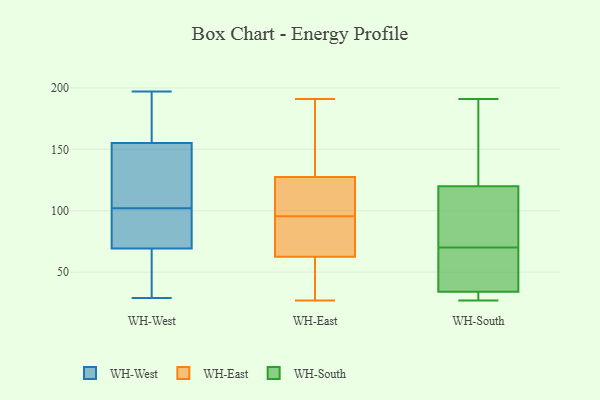
{"axis": {"x": "LTV (USD)", "y": "Value"}, "legend": ["WH-East", "WH-South", "WH-West"], "data": [{"x": "", "y": 87, "type": "WH-West"}, {"x": "", "y": 53, "type": "WH-West"}, {"x": "", "y": 161, "type": "WH-West"}, {"x": "", "y": 150, "type": "WH-West"}, {"x": "", "y": 86, "type": "WH-West"}, {"x": "", "y": 42, "type": "WH-West"}, {"x": "", "y": 142, "type": "WH-West"}, {"x": "", "y": 82, "type": "WH-West"}, {"x": "", "y": 196, "type": "WH-West"}, {"x": "", "y": 157, "type": "WH-West"}, {"x": "", "y": 102, "type": "WH-West"}, {"x": "", "y": 35, "type": "WH-West"}, {"x": "", "y": 132, "type": "WH-West"}, {"x": "", "y": 29, "type": "WH-West"}, {"x": "", "y": 186, "type": "WH-West"}, {"x": "", "y": 110, "type": "WH-West"}, {"x": "", "y": 197, "type": "WH-West"}, {"x": "", "y": 65, "type": "WH-West"}, {"x": "", "y": 90, "type": "WH-West"}, {"x": "", "y": 143, "type": "WH-East"}, {"x": "", "y": 126, "type": "WH-East"}, {"x": "", "y": 51, "type": "WH-East"}, {"x": "", "y": 121, "type": "WH-East"}, {"x": "", "y": 27, "type": "WH-East"}, {"x": "", "y": 48, "type": "WH-East"}, {"x": "", "y": 93, "type": "WH-East"}, {"x": "", "y": 75, "type": "WH-East"}, {"x": "", "y": 88, "type": "WH-East"}, {"x": "", "y": 42, "type": "WH-East"}, {"x": "", "y": 191, "type": "WH-East"}, {"x": "", "y": 106, "type": "WH-East"}, {"x": "", "y": 98, "type": "WH-East"}, {"x": "", "y": 129, "type": "WH-East"}, {"x": "", "y": 74, "type": "WH-East"}, {"x": "", "y": 187, "type": "WH-East"}, {"x": "", "y": 79, "type": "WH-South"}, {"x": "", "y": 34, "type": "WH-South"}, {"x": "", "y": 76, "type": "WH-South"}, {"x": "", "y": 58, "type": "WH-South"}, {"x": "", "y": 120, "type": "WH-South"}, {"x": "", "y": 27, "type": "WH-South"}, {"x": "", "y": 64, "type": "WH-South"}, {"x": "", "y": 191, "type": "WH-South"}, {"x": "", "y": 168, "type": "WH-South"}, {"x": "", "y": 27, "type": "WH-South"}]}